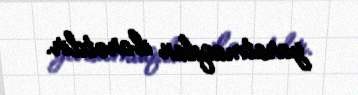
yaratmaqdan ibarətdir.